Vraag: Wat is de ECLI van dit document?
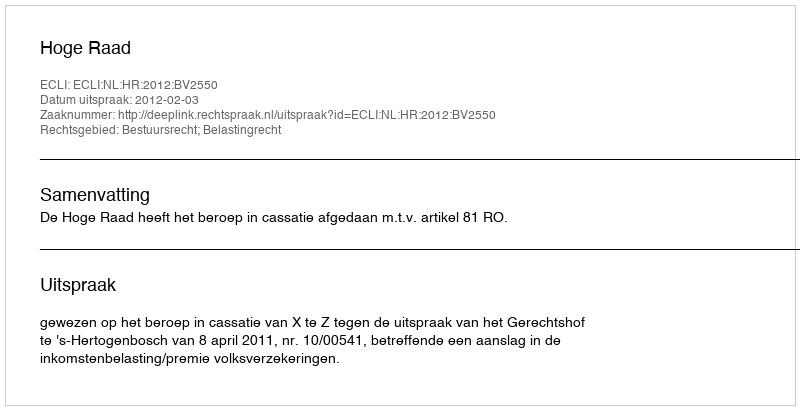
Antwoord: ECLI:NL:HR:2012:BV2550